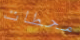
محطات